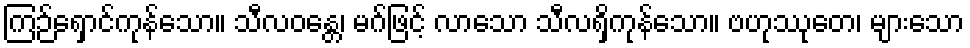
ကြဉ်ရှောင်ကုန်သော။ သီလဝန္တေ၊ မဂ်ဖြင့် လာသော သီလရှိကုန်သော။ ဗဟုဿုတေ၊ များသော